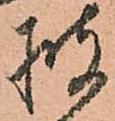
披